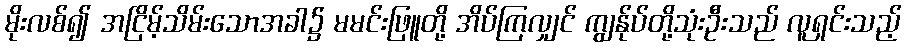
မိုးလစ်၍ အငြိမ့်သိမ်းသောအခါ၌ မမင်းဖြူတို့ အိပ်ကြလျှင် ကျွန်ုပ်တို့သုံးဦးသည် လူရှင်းသည့်